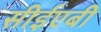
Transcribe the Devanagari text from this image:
सीईएबी